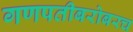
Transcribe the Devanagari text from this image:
गणपतीबरोबरच